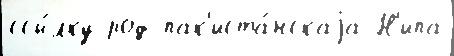
ссы́лку род пак'иста́нскаjа Н'ипа